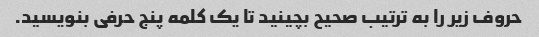
حروف زیر را به ترتیب صحیح بچینید تا یک کلمه پنج حرفی بنویسید.